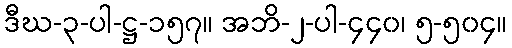
ဒီဃ-၃-ပါ-ဋ္ဌ-၁၅၇။ အဘိ-၂-ပါ-၄၄၀၊ ၅-၅၀၄။